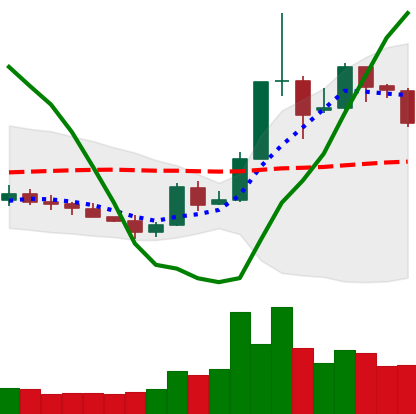
Ticker: XLM-USD
Chart end date: 2019-05-22
Forward return: 10.15%
Label: up_7plus